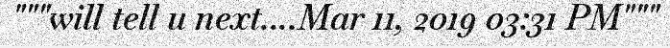
"""will tell u next....Mar 11, 2019 03:31 PM"""